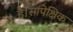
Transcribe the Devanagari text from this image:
है।सापेक्षिक